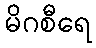
မိဂစီရေ